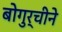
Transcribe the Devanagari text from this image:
बोगुर्चीने